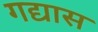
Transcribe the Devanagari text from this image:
गद्यास